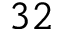
3 2